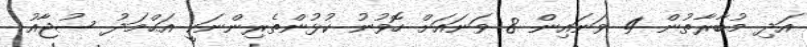
އަދި މުބާރާތުން 4 ވަނައިން 8 ވަނައަށް ހޮވުނު ކުޅުންތެރިންނަކީ އަޙްމަދު ސުޖާއު